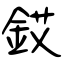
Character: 銰